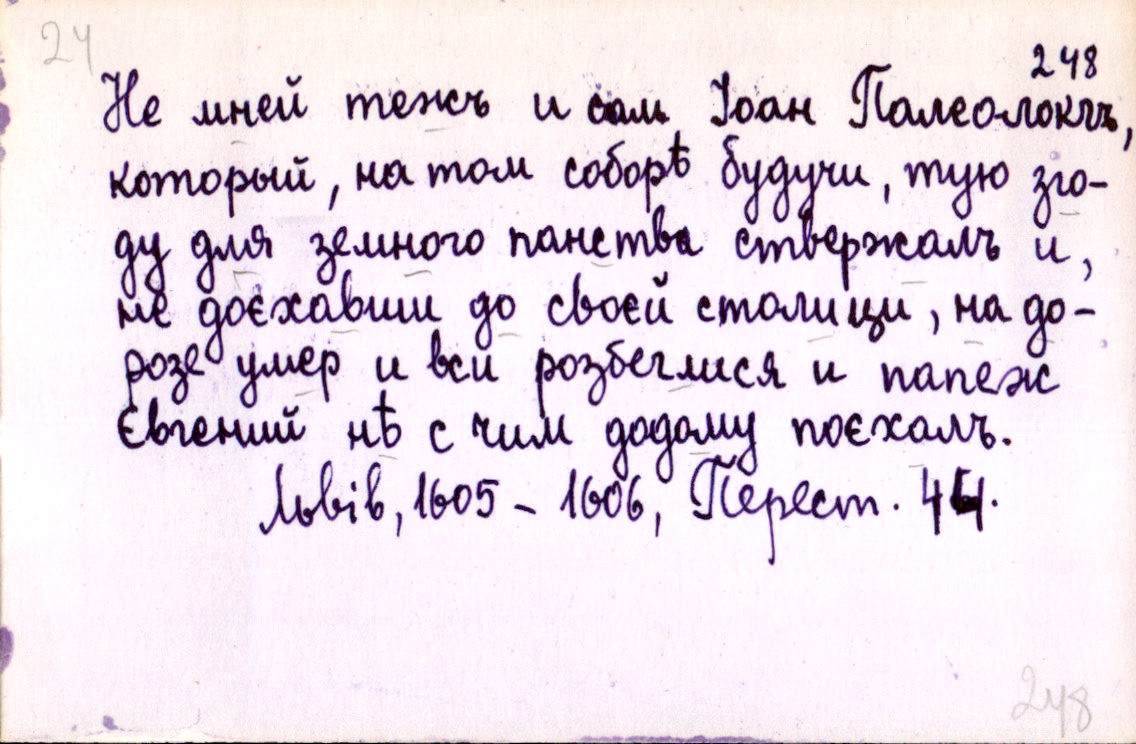
Не мней тежъ и сам Іоан Палеолокгъ,
который, на том соборѣ будучи, тую зго-
ду для земного панства ствержалъ и,
не доєхавши до своєй столици, на до-
розе умер и вси розбеглися и папеж
Євгений нѣ с чим додому поєхалъ.
Львів, 1605-1606, Перест. 44.